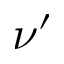
\nu ^ { \prime }